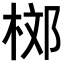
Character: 𣒒